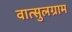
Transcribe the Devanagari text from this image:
वात्सुलग्राम